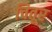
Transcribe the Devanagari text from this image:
चितूर